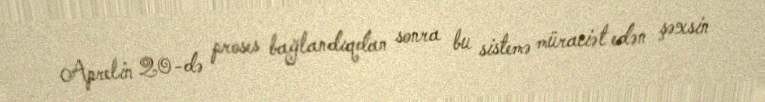
Aprelin 20-də proses bağlandıqdan sonra bu sistemə müraciət edən şəxsin